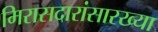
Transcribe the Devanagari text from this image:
मिरासदारांसारख्या